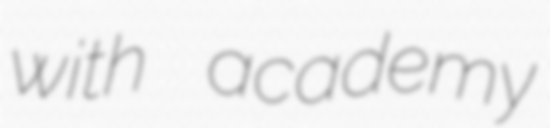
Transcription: with academy